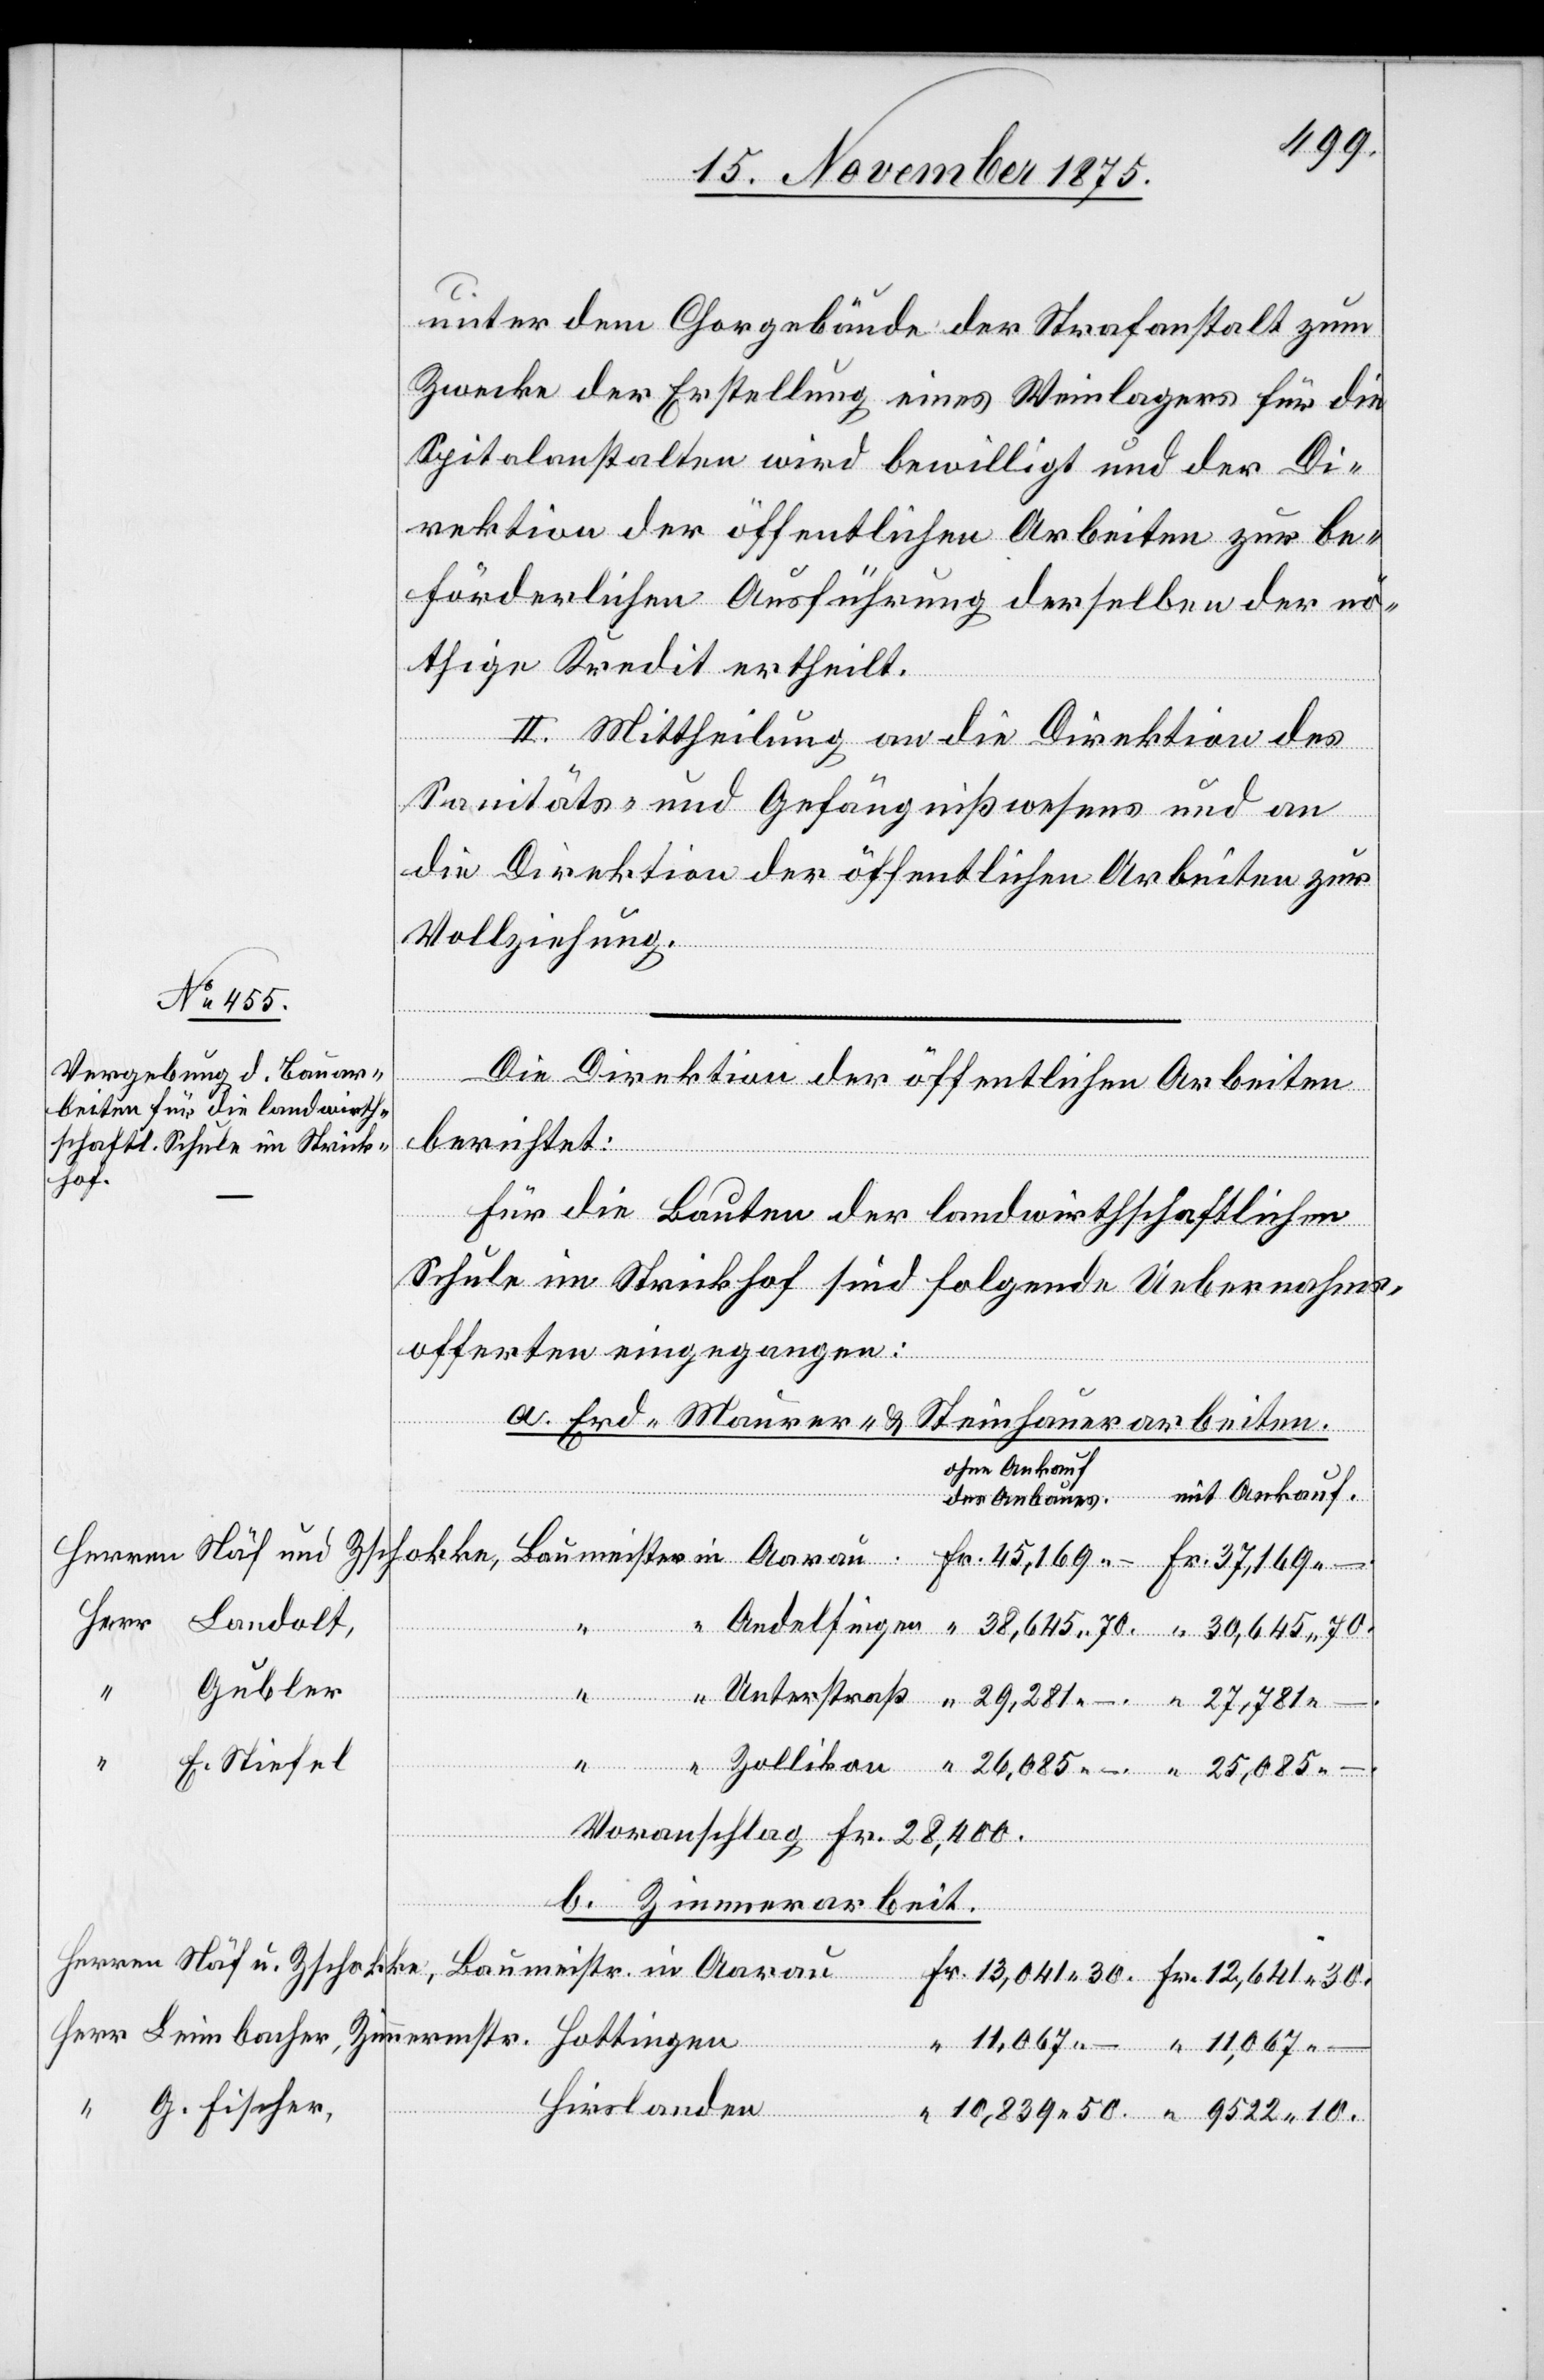
17. November 1875.]
unter dem Chorgebäude der Strafanstalt zum
Zwecke der Erstellung eines Weinlagers für die
Spitalanstalten wird bewilligt und der Di¬
rektion der öffentlichen Arbeiten zur be¬
förderlichen Ausführung derselben der nö¬
thige Kredit ertheilt.
II. Mittheilung an die Direktion des
Sanitäts- und Gefängnißwesens und an
die Direktion der öffentlichen Arbeiten zur
Vollziehung.
Die Direktion der öffentlichen Arbeiten
berichtet:
Aarau
Für die Bauten der landwirthschaftlichen
Schule im Strickhof sind folgende Uebernahms¬
offerten eingegangen:
a. Erd-[,] Maurer- & Steinhauerarbeiten.
[ohne Ankauf
in
Gubler
Hottingen
Zimmermstr.
F. Stiefel
10.
Voranschlag Fr. 28,400.
Herr
b. Zimmerarbeit.
G. Fischer,
Hirslanden